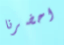
احضرنا